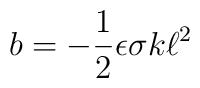
b  = - \frac{1}{2} \epsilon \sigma k \ell^{2}